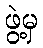
ဖွဲ့မှ